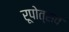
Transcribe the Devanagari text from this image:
रूपोत्सव